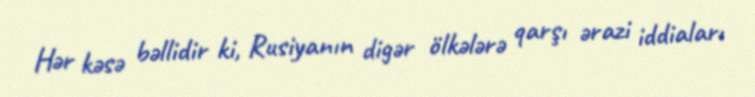
Hər kəsə bəllidir ki, Rusiyanın digər ölkələrə qarşı ərazi iddiaları